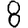
Digit: 8